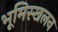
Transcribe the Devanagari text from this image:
भूमिस्खलन